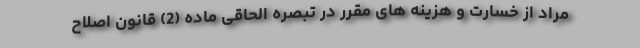
مراد از خسارت و هزینه های مقرر در تبصره الحاقی ماده (2) قانون اصلاح